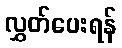
လွှတ်ပေးရန်